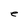
Character: e